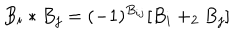
B _ { i } * B _ { j } = ( - 1 ) ^ { B _ { i j } } [ B _ { i } + _ { 2 } B _ { j } ]